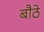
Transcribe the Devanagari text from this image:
बौठे